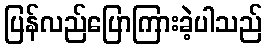
ပြန်လည်ပြောကြားခဲ့ပါသည်